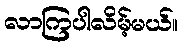
လာကြပါလိမ့်မယ်။